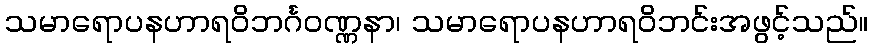
သမာရောပနဟာရဝိဘင်္ဂဝဏ္ဏနာ၊ သမာရောပနဟာရဝိဘင်းအဖွင့်သည်။